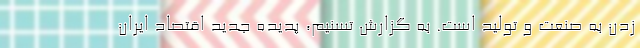
زدن به صنعت و تولید است. به گزارش تسنیم، پدیده جدید اقتصاد ایران